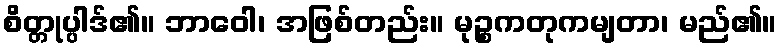
စိတ္တုပ္ပါဒ်၏။ ဘာဝေါ၊ အဖြစ်တည်း။ မုဉ္စကတုကမျတာ၊ မည်၏။